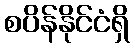
စပိန်နိုင်ငံရှိ